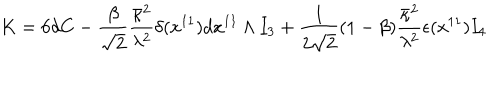
K = 6 d C - \frac { \beta } { \sqrt { 2 } } \frac { \bar { \kappa } ^ { 2 } } { \lambda ^ { 2 } } \delta ( x ^ { 1 1 } ) d x ^ { 1 1 } \wedge I _ { 3 } + \frac { 1 } { 2 \sqrt { 2 } } ( 1 - \beta ) \frac { \bar { \kappa } ^ { 2 } } { \lambda ^ { 2 } } \epsilon ( x ^ { 1 1 } ) I _ { 4 }